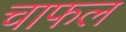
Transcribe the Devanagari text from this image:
चाफल